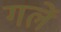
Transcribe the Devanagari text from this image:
गलें